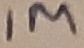
Text: 1M